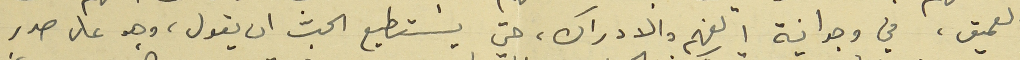
العميق، في وجدانية الفهم والادراك، حتى يستطيع الحبّ ان يقول، وهو على صدر